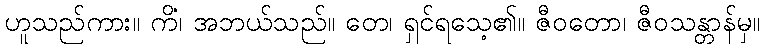
ဟူသည်ကား။ ကိံ၊ အဘယ်သည်။ တေ၊ ရှင်ရသေ့၏။ ဇီဝတော၊ ဇီဝသန္တာန်မှ။